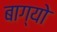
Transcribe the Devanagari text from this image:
बाग्यो